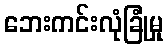
ဘေးကင်းလုံခြုံမှု